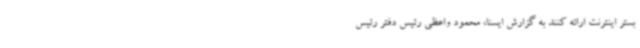
بستر اینترنت ارائه کنند به گزارش ایسنا، محمود واعظی رئیس دفتر رئیس